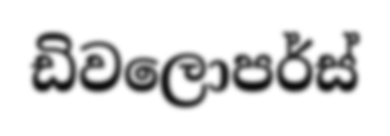
ඩිවලොපර්ස්